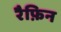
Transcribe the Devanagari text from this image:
रैफ़िन